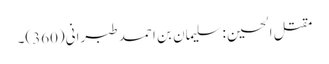
مقتل الحسین : سلیمان بن احمد طبرانی(360)۔